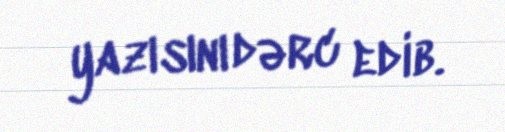
yazısını dərc edib.